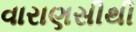
વારાણસીથી